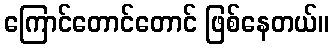
ကြောင်တောင်တောင် ဖြစ်နေတယ်။